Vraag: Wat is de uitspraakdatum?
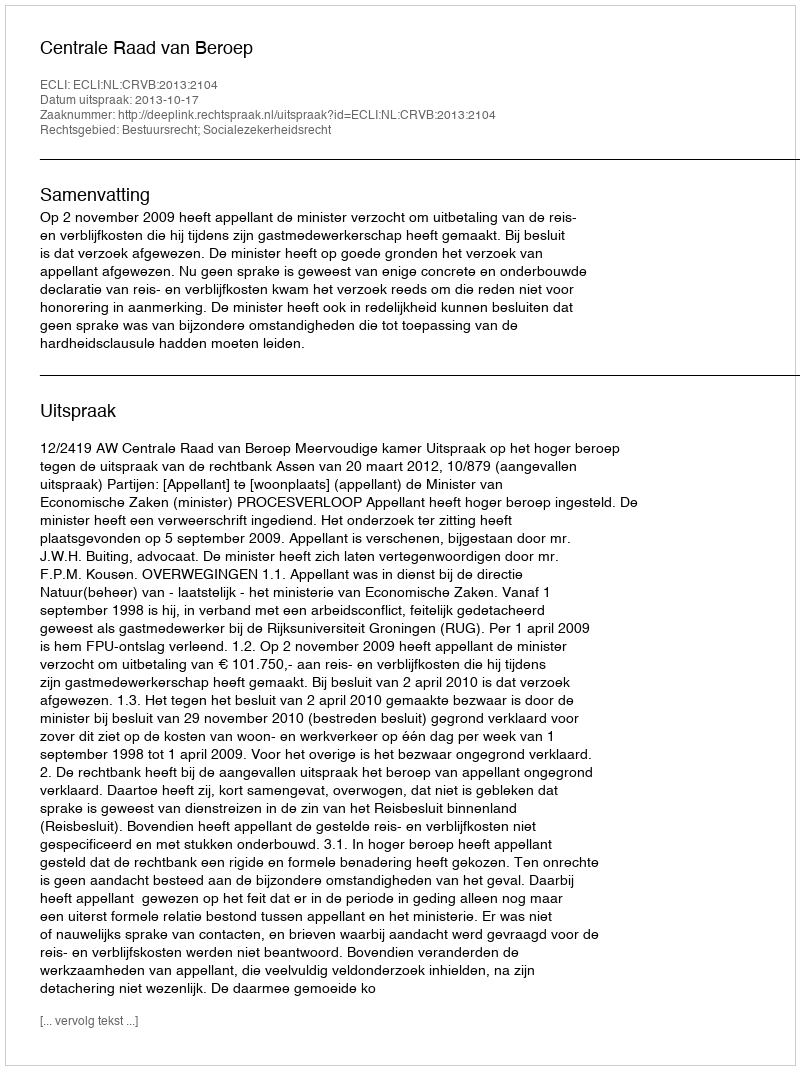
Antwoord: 2013-10-17